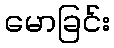
မောခြင်း